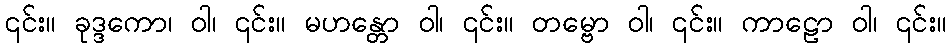
၎င်း။ ခုဒ္ဒကော၊ ဝါ၊ ၎င်း။ မဟန္တော ဝါ၊ ၎င်း။ တမ္ဗော ဝါ၊ ၎င်း။ ကာဠော ဝါ၊ ၎င်း။